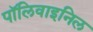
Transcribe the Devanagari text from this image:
पॉलिवाइनिल